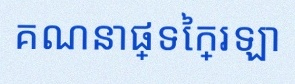
គណនាផ្ទៃក្រឡា